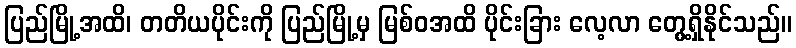
ပြည်မြို့အထိ၊ တတိယပိုင်းကို ပြည်မြို့မှ မြစ်ဝအထိ ပိုင်းခြား လေ့လာ တွေ့ရှိနိုင်သည်။